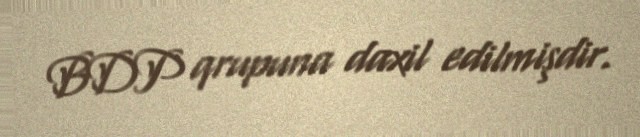
BDP qrupuna daxil edilmişdir.